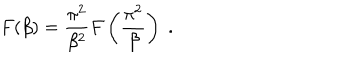
F ( \beta ) = \frac { \pi ^ { 2 } } { \beta ^ { 2 } } F \left( \frac { \pi ^ { 2 } } { \beta } \right) \; .